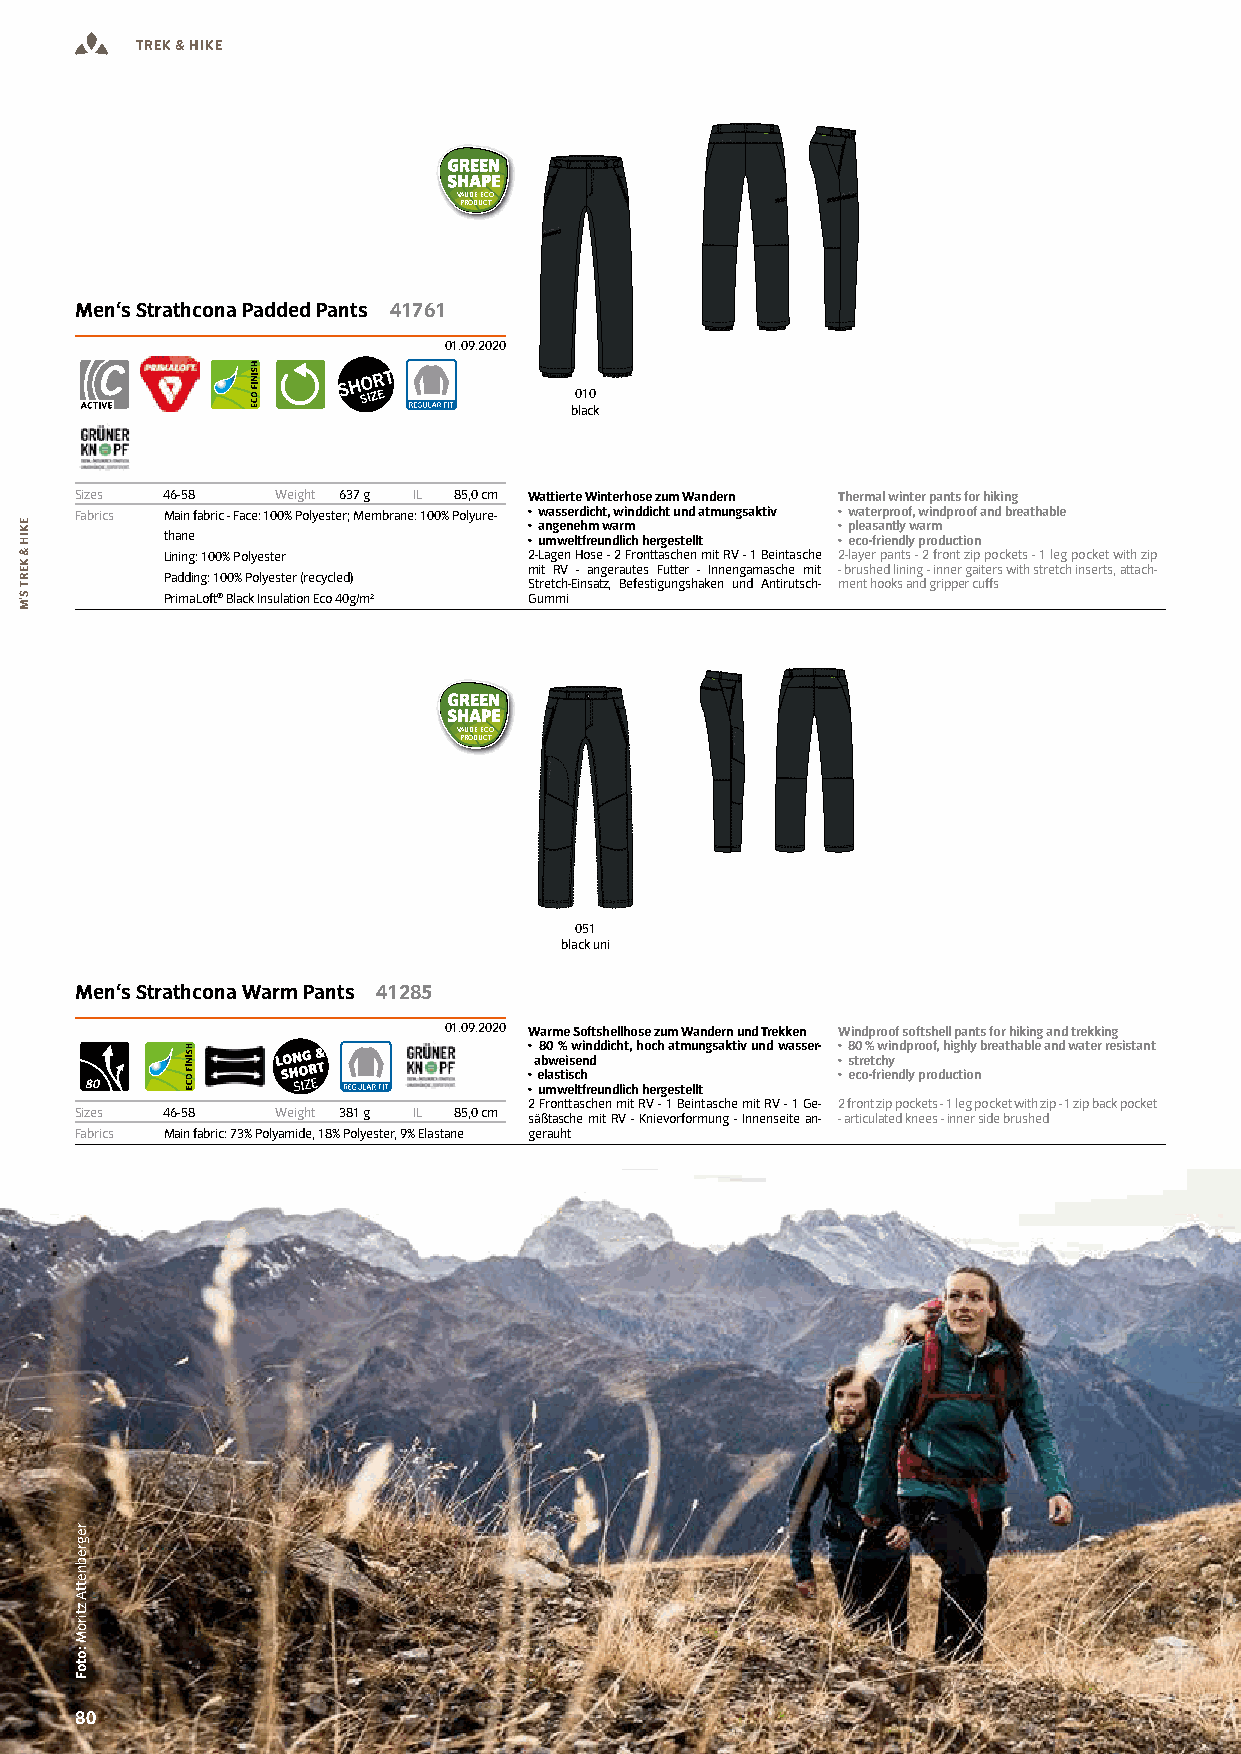
TREK & HIKE
 VAUDE ECO
 PRODUCT
 Men‘s Strathcona Padded Pants 41761
 01.09.2020
 010
 black
 Sizes 46-58  Weight 637 g IL 85,0 cm Wattierte Winterhose zum Wandern Thermal winter pants for hiking
 Fabrics Main fabric - Face: 100% Polyester; Membrane: 100% Polyure- • wasserdicht, winddicht und atmungsaktiv • waterproof, windproof and breathable
 • angenehm warm     • pleasantly warm
 thane                   • umweltfreundlich hergestellt • eco-friendly production
 Lining: 100% Polyester  2-Lagen Hose - 2 Fronttaschen mit RV - 1 Beintasche 2-layer pants - 2 front zip pockets - 1 leg pocket with zip
 mit RV - angerautes Futter - Innengamasche mit - brushed lining - inner gaiters with stretch inserts, attach-
 Padding: 100% Polyester (recycled) Stretch-Einsatz, Befestigungshaken und Antirutsch- ment hooks and gripper cuffs
 PrimaLoft® Black Insulation Eco 40g/m² Gummi
 VAUDE ECO
 PRODUCT
 051
 black uni
 Men‘s Strathcona Warm Pants 41285
 01.09.2020 Warme Softshellhose zum Wandern und Trekken Windproof softshell pants for hiking and trekking
 • 80 % winddicht, hoch atmungsaktiv und wasser- • 80 % windproof, highly breathable and water resistant
 abweisend           • stretchy
 • elastisch         • eco-friendly production
 • umweltfreundlich hergestellt
 2 Fronttaschen mit RV - 1 Beintasche mit RV - 1 Ge- 2 front zip pockets - 1 leg pocket with zip - 1 zip back pocket
 Sizes 46-58  Weight 381 g IL 85,0 cm säßtasche mit RV - Knievorformung - Innenseite an- - articulated knees - inner side brushed
 Fabrics Main fabric: 73% Polyamide, 18% Polyester, 9% Elastane gerauht
 8800 WWW.VAUDE-DEALERS.COM
 EKIH
 &
 KERT
 S’M
 regrebnettA
 ztiroM
 :otoF